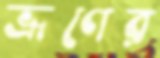
ভ্রূণের